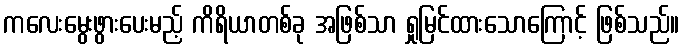
ကလေးမွေးဖွားပေးမည့် ကိရိယာတစ်ခု အဖြစ်သာ ရှုမြင်ထားသောကြောင့် ဖြစ်သည်။